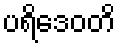
ပရိဒေဝတိ